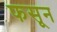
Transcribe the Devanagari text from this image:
फसून